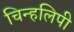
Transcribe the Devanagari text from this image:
चिन्हलिपी